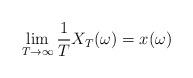
LaTeX: \begin{align*}\lim_{T\to\infty}\frac1T X_T(\omega)=x(\omega)\end{align*}